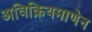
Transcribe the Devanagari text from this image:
अविक्रियमाणेन